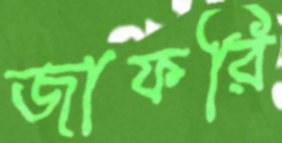
জাফরি